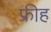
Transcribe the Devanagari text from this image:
फ्रीह